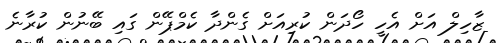
ޒާހިލް އަށް އެހީ ހޯދަން ކުރިއަށް ގެންދާ ކެމްޕޭން ގައި ބޭނުން ކުރާނެ